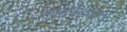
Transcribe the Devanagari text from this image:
सहलेखकार्य